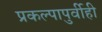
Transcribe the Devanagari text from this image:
प्रकल्पापुर्वीही